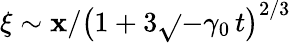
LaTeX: \xi\sim\mathbf{x}/\left(1+3\sqrt{}{{-\gamma_{0}}}\, t\right)^{2/3}